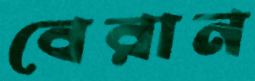
বেরান